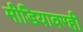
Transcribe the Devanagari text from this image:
मीडियावरही